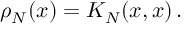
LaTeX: \rho _ { N } ( x ) = K _ { N } ( x , x ) \, .